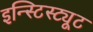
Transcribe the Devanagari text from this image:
इन्स्टिस्ट्यूट